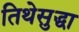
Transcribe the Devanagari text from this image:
तिथेसुद्धा